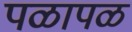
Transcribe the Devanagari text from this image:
पळापळ